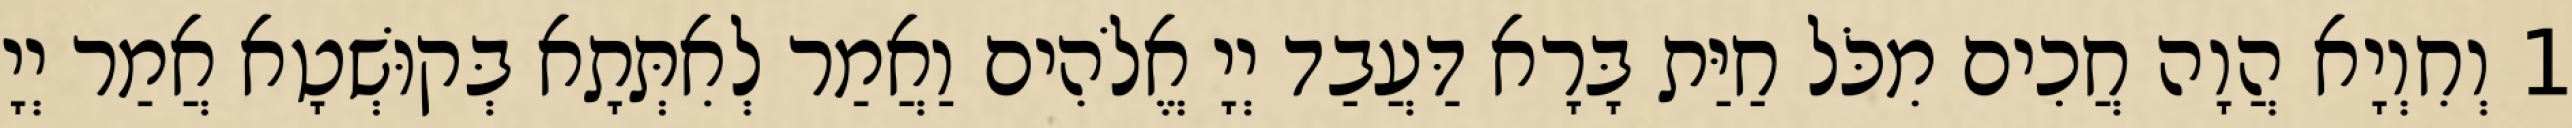
1 וְחִוְיָא הֲוָה חֲכִים מִכֹּל חַיַּת בָּרָא דַּעֲבַד יְיָ אֱלֹהִים וַאֲמַר לְאִתְּתָא בְּקוּשְׁטָא אֲמַר יְיָ